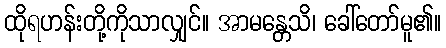
ထိုရဟန်းတို့ကိုသာလျှင်။ အာမန္တေသိ၊ ခေါ်တော်မူ၏။